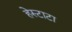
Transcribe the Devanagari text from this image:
हेस्टाटा